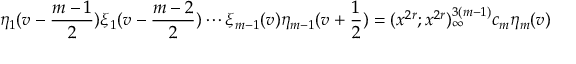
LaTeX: \eta _ { 1 } ( v - \frac { m - 1 } { 2 } ) \xi _ { 1 } ( v - \frac { m - 2 } { 2 } ) \cdots \xi _ { m - 1 } ( v ) \eta _ { m - 1 } ( v + \frac { 1 } { 2 } ) = ( x ^ { 2 r } ; x ^ { 2 r } ) _ { \infty } ^ { 3 ( m - 1 ) } c _ { m } \eta _ { m } ( v )